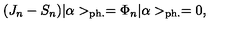
( J _ { n } - S _ { n } ) | \alpha > _ { \mathrm { p h . } } = \Phi _ { n } | \alpha > _ { \mathrm { p h . } } = 0 ,